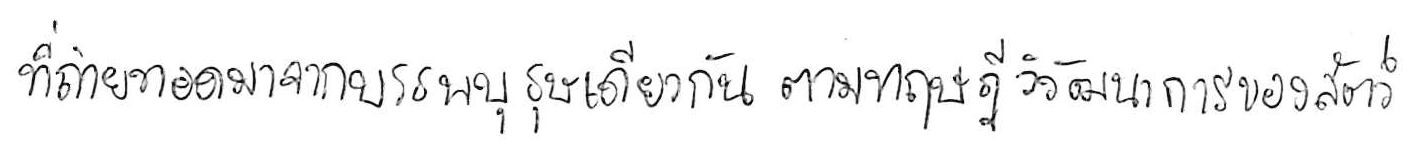
ที่ถ่ายทอดมาจากบรรพบุรุษเดียวกัน ตามทฤษฎีวิวัฒนาการของสัตว์